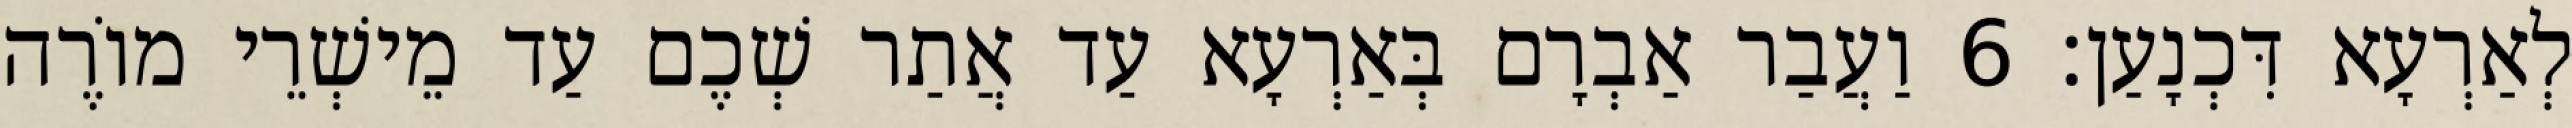
לְאַרְעָא דִּכְנָעַן׃ 6 וַעֲבַר אַבְרָם בְּאַרְעָא עַד אֲתַר שְׁכֶם עַד מֵישְׁרֵי מוֹרֶה